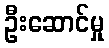
ဦးဆောင်မှု